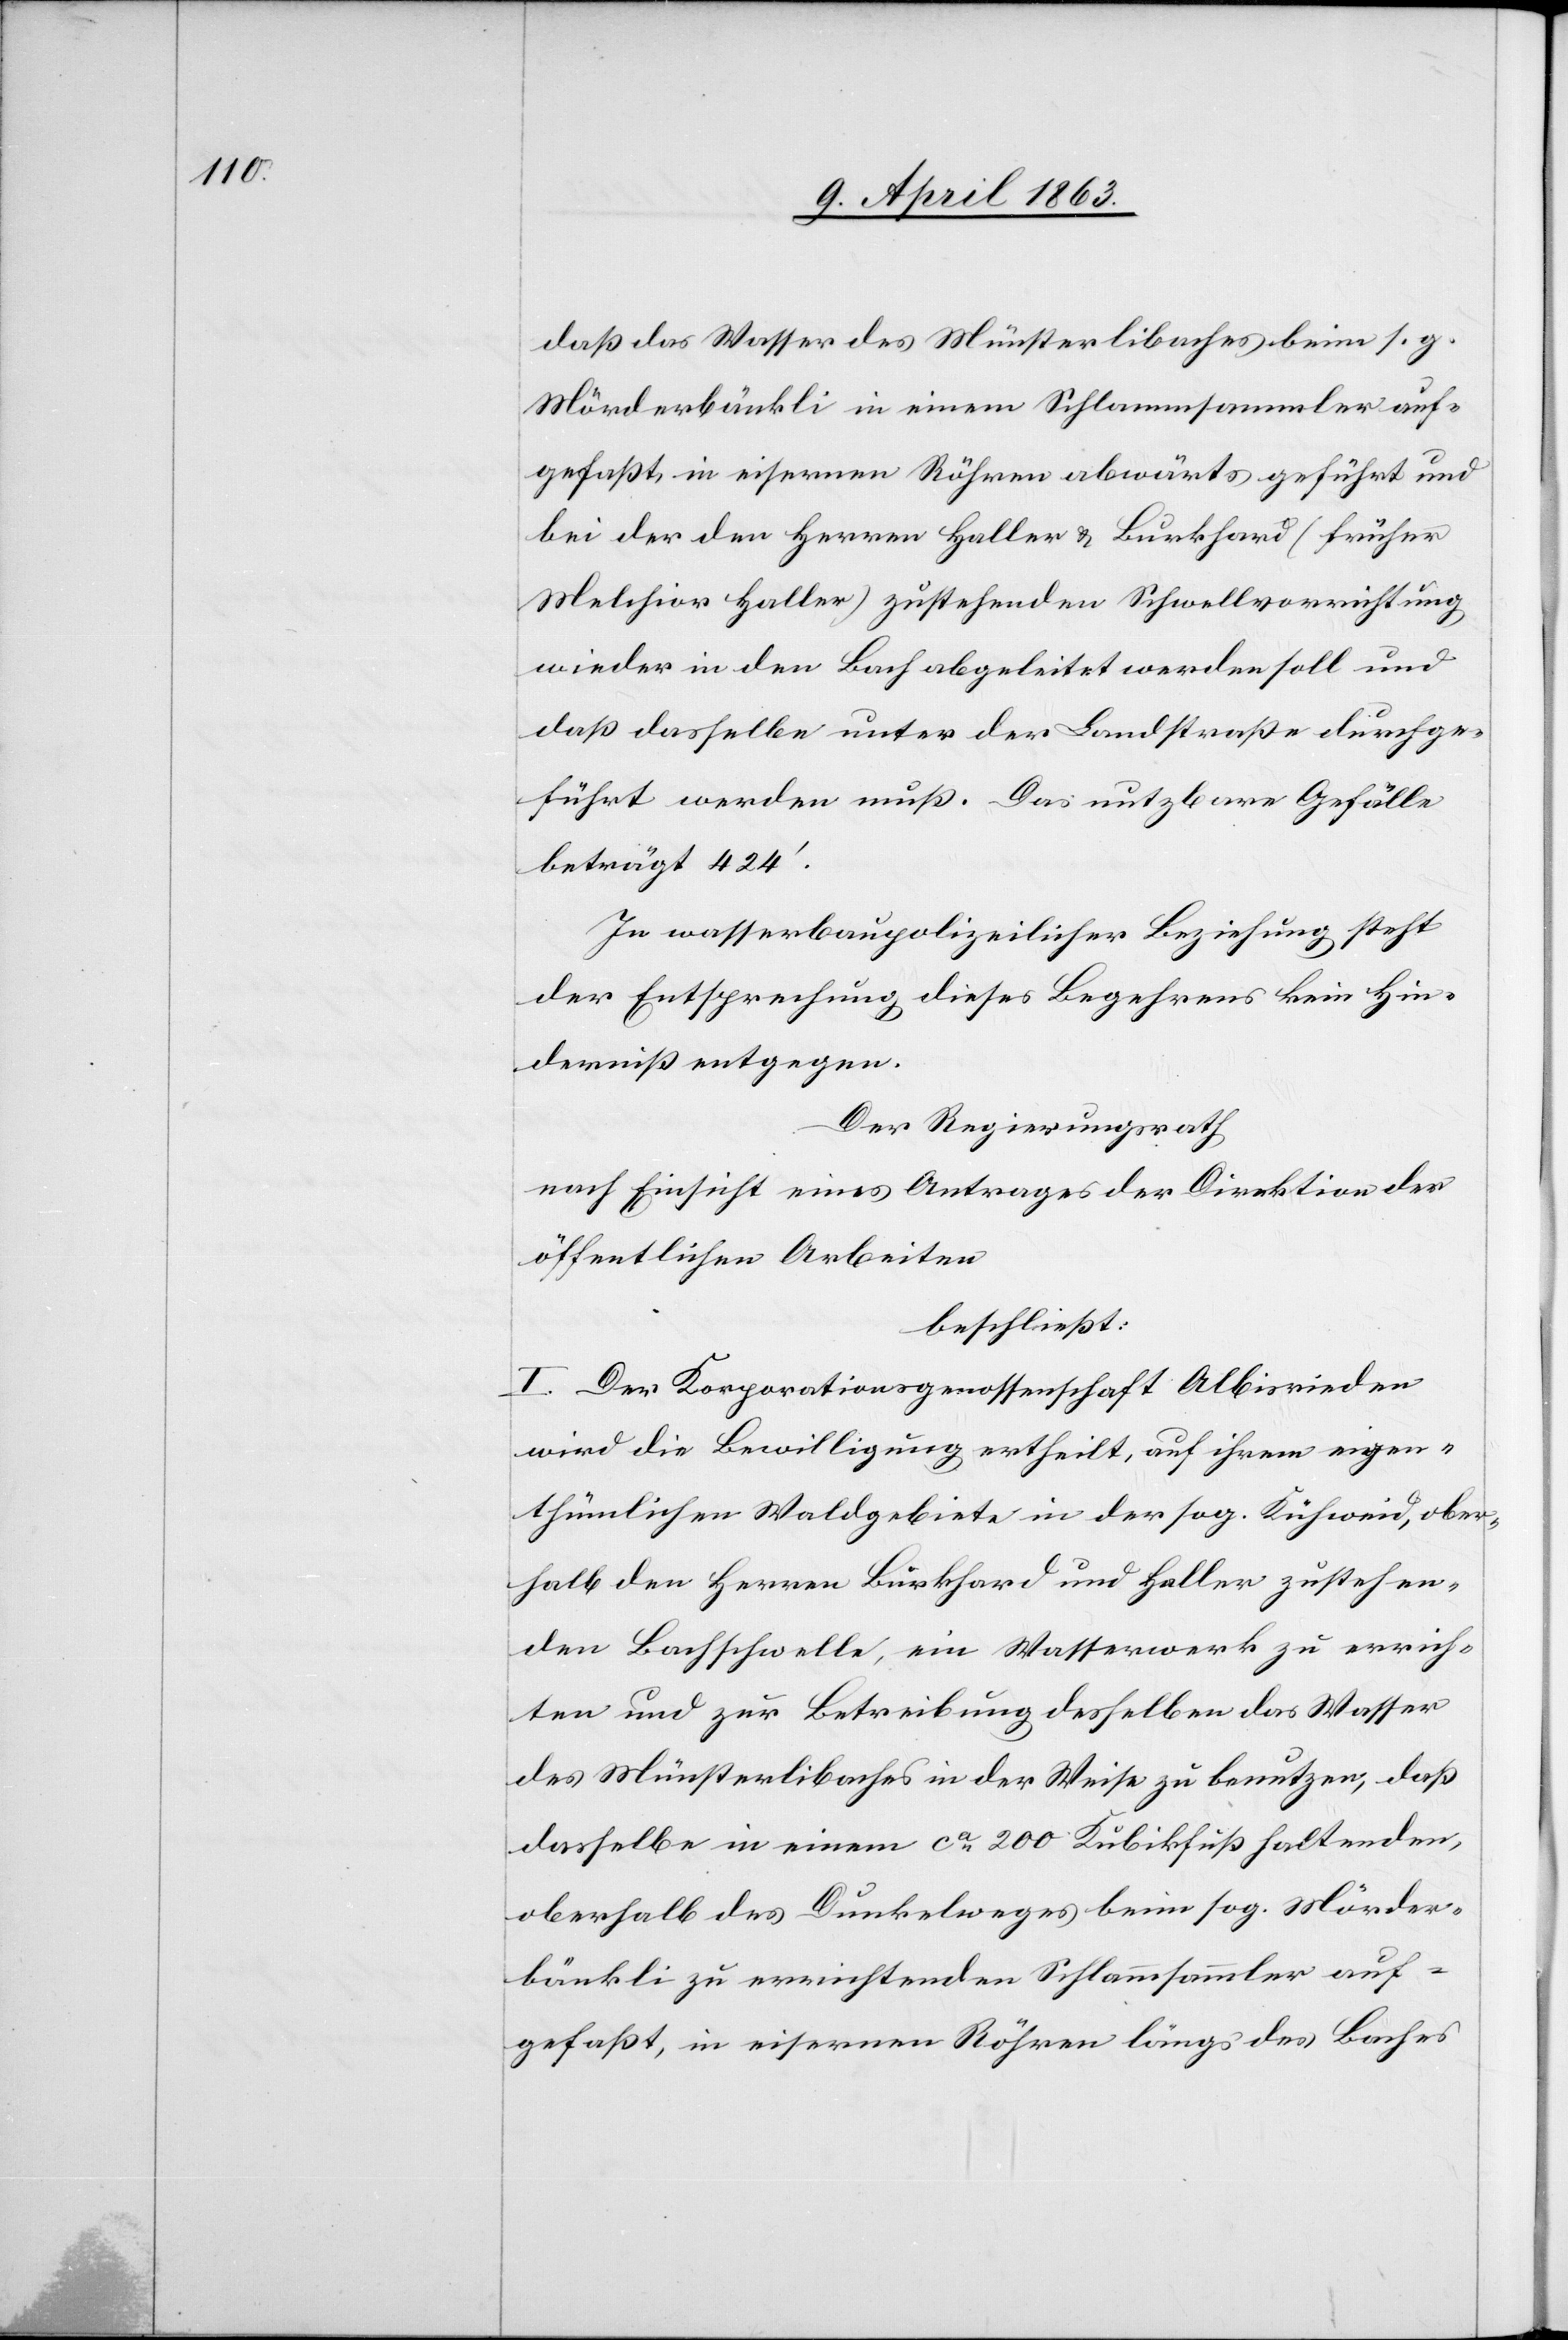
daß das Wasser des Münsterlibaches beim s. g.
Mörderbänkli in einem Schlammsammler auf¬
gefaßt, in eisernen Röhren abwärts geführt und
bei der den Herren Haller & Burkhard (früher
Melchior Haller) zustehenden Schwellvorrichtung
wieder in den Bach abgeleitet werden soll und
daß dasselbe unter der Landstraße durchge¬
führt werden muß. Das nutzbare Gefälle
beträgt 424'.
In wasserbaupolizeilicher Beziehung steht
der Entsprechung dieses Begehrens kein Hin¬
derniß entgegen.
Der Regierungsrath
nach Einsicht eines Antrages der Direktion der
öffentlichen Arbeiten
beschließt:
I. Der Korporationsgenossenschaft Albisrieden
wird die Bewilligung ertheilt, auf ihrem eigen¬
thümlichen Waldgebiete in der sog. Kühweid, ober¬
halb den Herren Burkhard und Haller zustehen¬
den Bachschwelle, ein Wasserwerk zu errich¬
ten und zur Betreibung desselben das Wasser
des Münsterlibaches in der Weise zu benutzen, daß
dasselbe in einem ca 200 Kubikfuß haltenden,
oberhalb des Dunkelweges beim sog. Mörder¬
bänkli zu errichtenden Schlammsammler auf¬
gefaßt, in eisernen Röhren längs des Baches